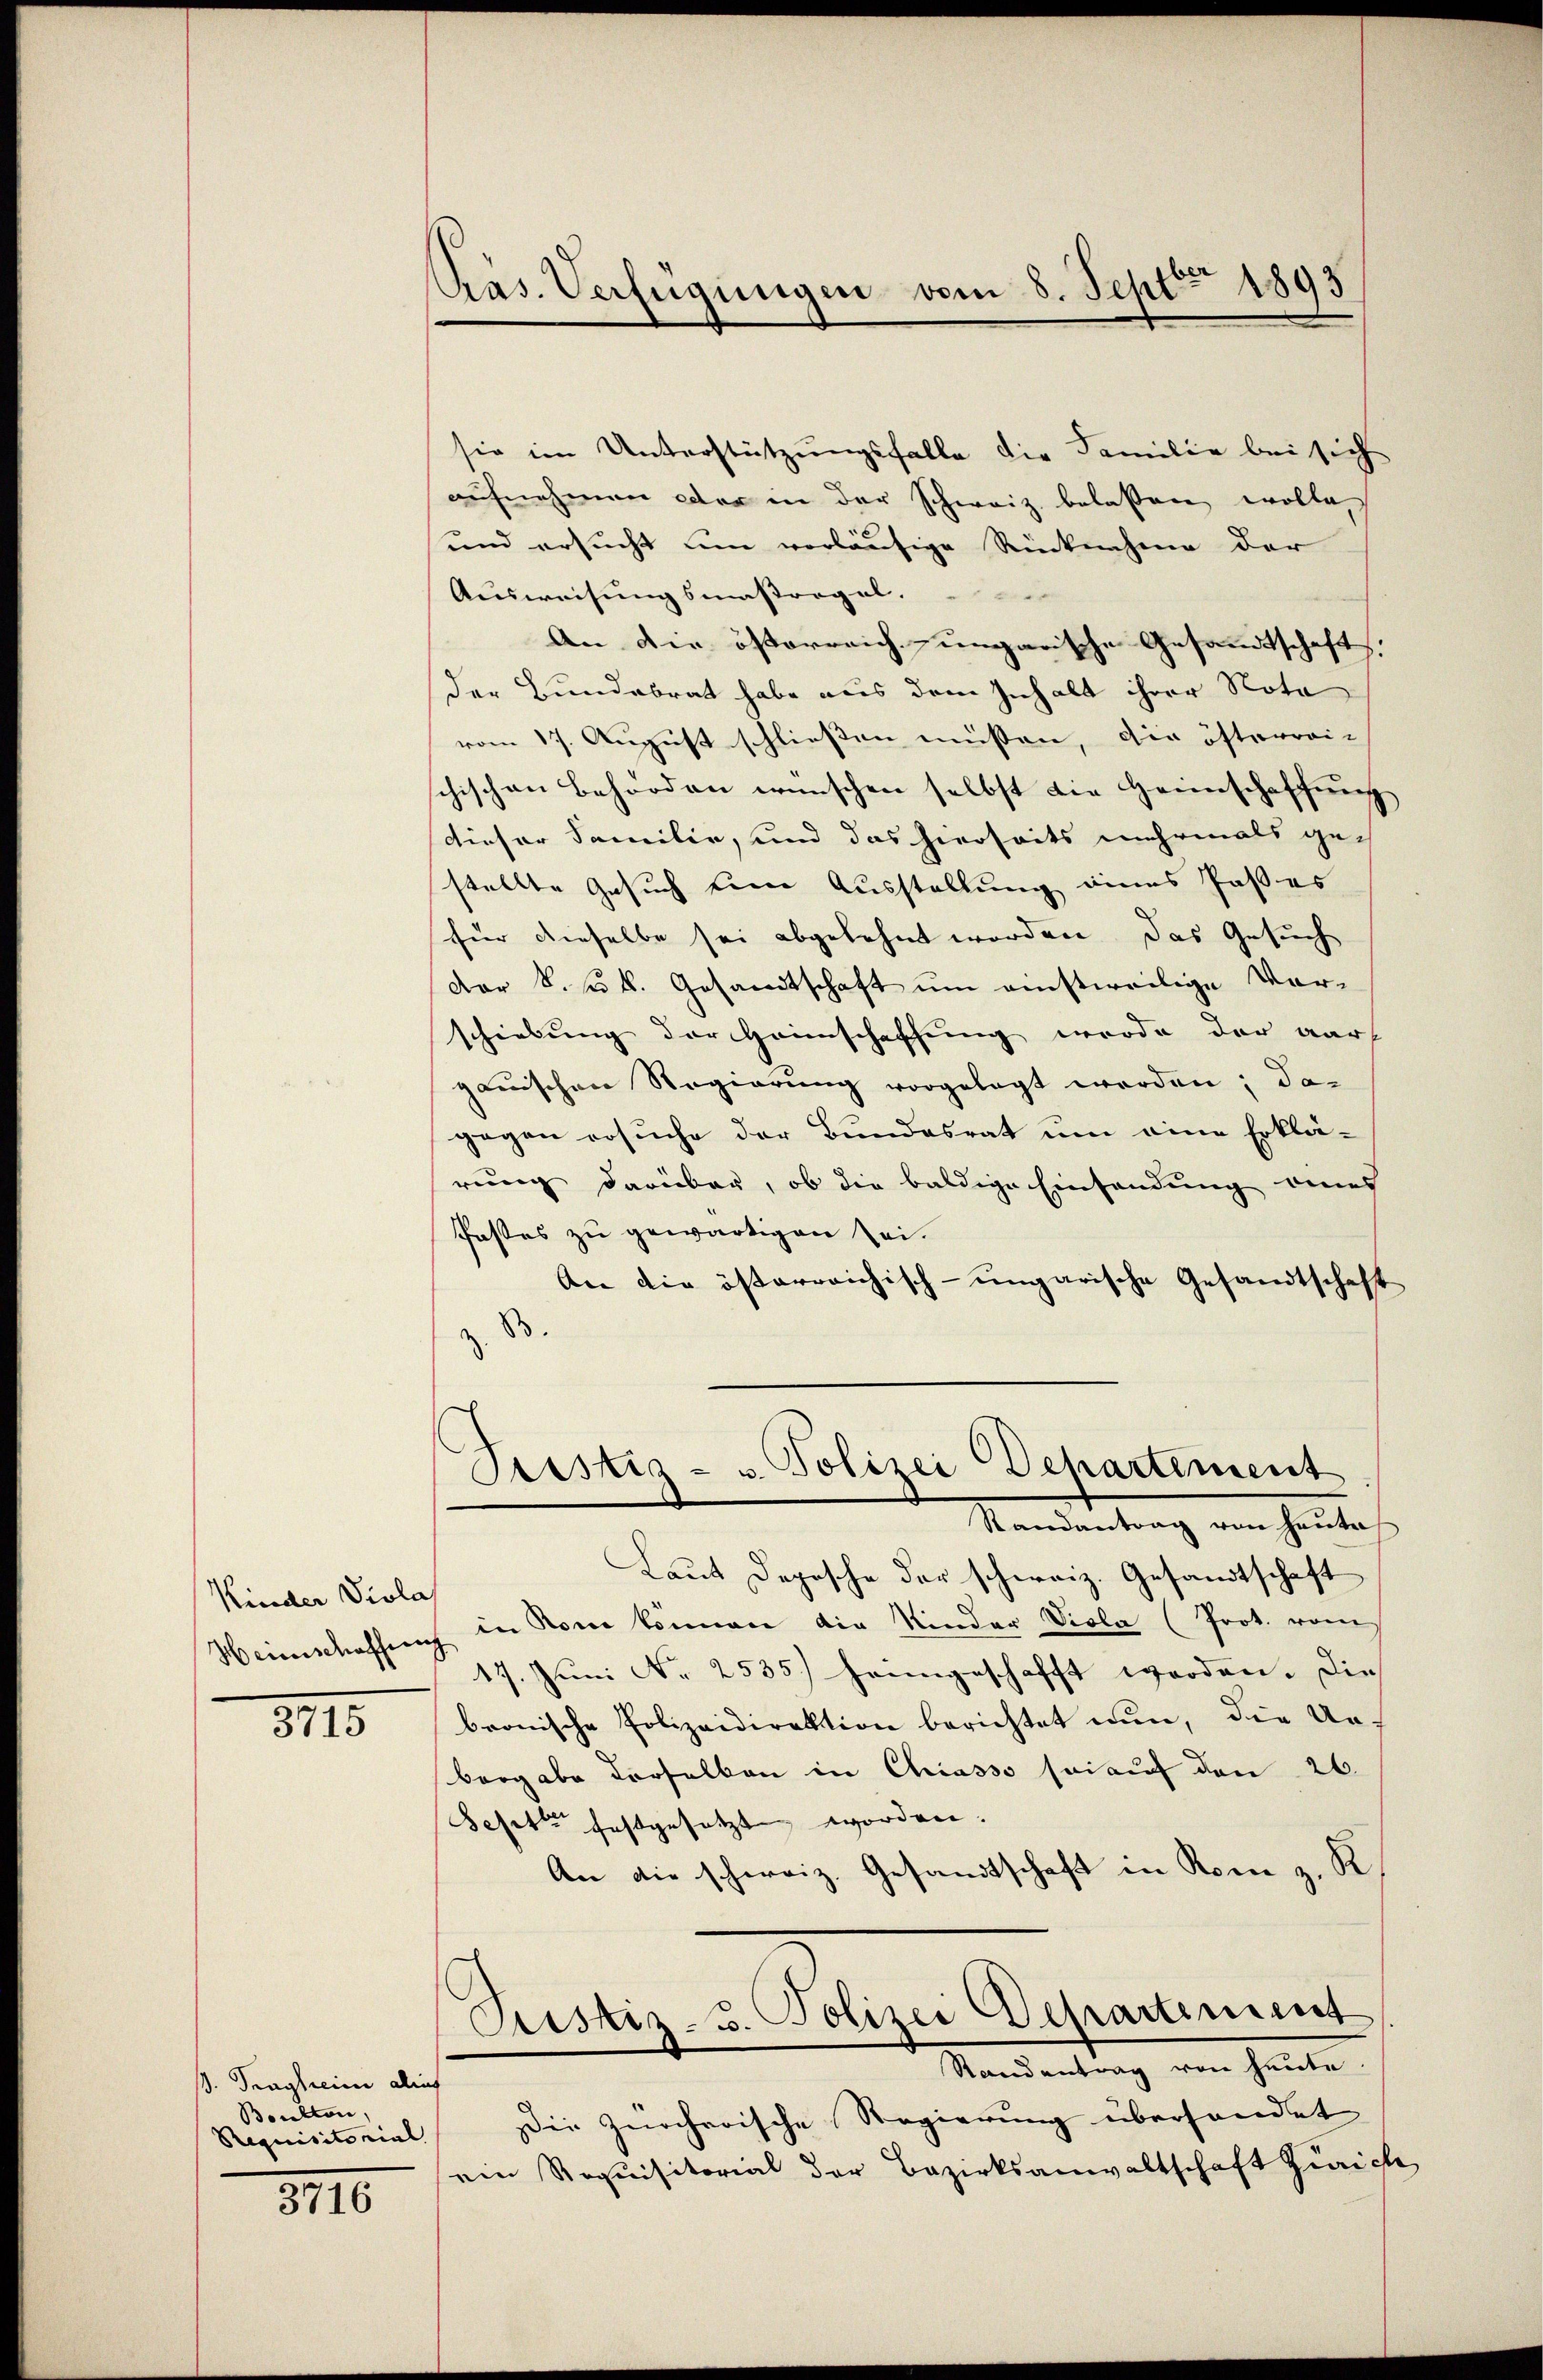
Kinder Viola
Hennschaffen

3715

ß. Trägheim allif
Boulton,
Requisitorial

3716

Präs. Verfügungen vom 8. Sept. 1893

sie im Unterstützungsfalle die Familie bei sich
aufnehmen der in der Schweiz belassen wolle,
und ersucht um vorläufige Rücknahme der
Ausweisungsmassregel.
An die österreich-ungarische Gesandtschaft,
der Bundebrat habe aus dem Inhalt ihrer Nota
vom 17. August schliessen müssen, die öfterrei- |
schischen Behörden wünschen selbst die Heimschaffung
dieser Familie, und das hierseits mehrmals gestellte Gesuch eine Ausstellung eines Paßes
für dieselbe sei abgelehnt worden. Das Gesuch
Der k. k. k. Gesandtschaft um einstweilige Vor-
schiebung der Heimschaffung wurde der wart
ganischen Regierung vorgelegt werden; dagegen ersuche der Bundesrat um eine Erklä-
rung darüber, ob die baldige Einsendung eines
Pastes zu gewärtigen sei.
An die österreichisch-ungarische Gesandtschaft
B.

Sistig - u. Polizei Departement
Randantrag von heute

Laut Depesche der schweiz. Gesandtschaft
in Rom können die Kinder Viola (Prot. vom
17. Juni No 2535) heimgeschafft werden. Die
bronische Polizeidirektion berichtet nun, die An-
Bergabe derselben in Chiasso sei auf den 26.
Sefette festgesetzt worden.
An die schweiz. Gesandtschaft in Rom z. K
Justiz- u. Polizei Departement
Standentrag von heute
Die zürcherische Regierung überhandet
ein Requisitorial der Bezirksanwaltschaft Zürich